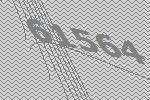
61564